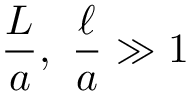
\frac { L } { a } , \ \frac { \ell } { a } \gg 1